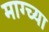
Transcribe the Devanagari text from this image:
माग्च्या